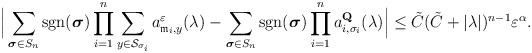
LaTeX: \begin{align*} \Big|\sum_{\boldsymbol{\sigma}\in S_n}\mathop{\mathrm{sgn}}(\boldsymbol{\sigma}) \prod_{i=1}^n\sum_{y\in\mathcal{S}_{\sigma_i}}a^\varepsilon_{\mathfrak{m}_i,y}(\lambda) -\sum_{\boldsymbol{\sigma}\in S_n}\mathop{\mathrm{sgn}}(\boldsymbol{\sigma})\prod_{i=1}^n a^{\mathbf{Q}}_{i,\sigma_i}(\lambda) \Big| \leq\tilde{C} (\tilde C+|\lambda|)^{n-1}\varepsilon^\alpha.\end{align*}